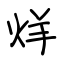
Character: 烊